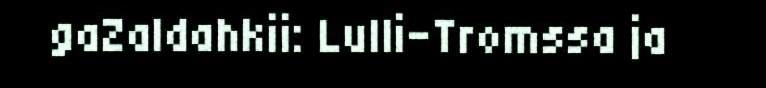
gaZaldahkii: Lulli-Tromssa ja